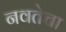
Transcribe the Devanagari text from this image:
नवतेचा